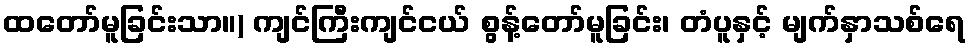
ထတော်မူခြင်းသာ။) ကျင်ကြီးကျင်ငယ် စွန့်တော်မူခြင်း၊ တံပူနှင့် မျက်နှာသစ်ရေ